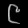
Digit: ၉